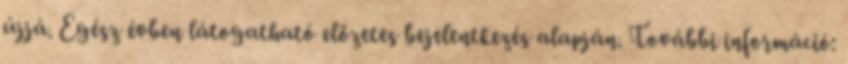
újjá. Egész évben látogatható előzetes bejelentkezés alapján. További információ: